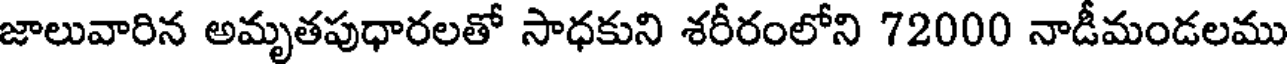
జాలువారిన అమృతపుధారలతో సాధకుని శరీరంలోని 72000 నాడీమండలము